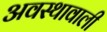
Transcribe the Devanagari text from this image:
अवस्थावाली